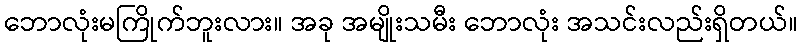
ဘောလုံးမကြိုက်ဘူးလား။ အခု အမျိုးသမီး ဘောလုံး အသင်းလည်းရှိတယ်။